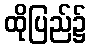
ထိုပြည်၌